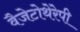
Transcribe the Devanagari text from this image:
वैजेटोथेरेपी